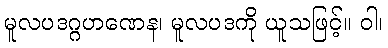
မူလပဒဂ္ဂဟဏေန၊ မူလပဒကို ယူသဖြင့်။ ဝါ၊